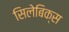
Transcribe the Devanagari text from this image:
सिलेबिक्स